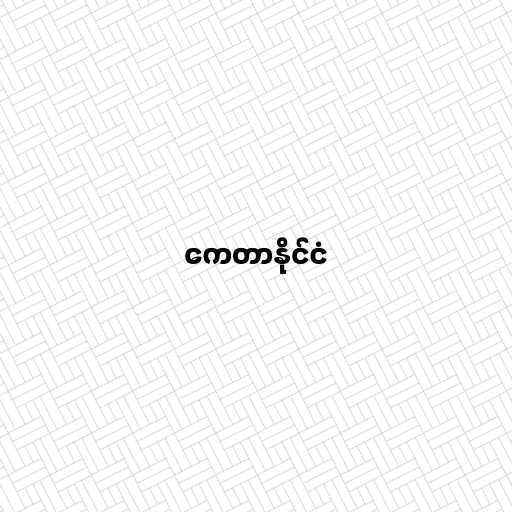
ကေတာနိုင်ငံ